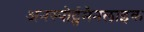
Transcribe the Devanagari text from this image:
अनस्पोर्ट्समैनलाइक